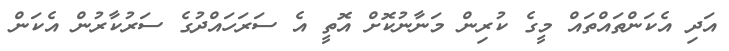
އަދި އެކަންތައްތައް މީގެ ކުރިން މަނާނުކޮށް އޮތީ އެ ސަރަހައްދުގެ ސަރުކާރުން އެކަން